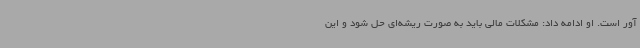
آور است. او ادامه داد: مشکلات مالی باید به صورت ریشه‌ای حل شود و این